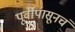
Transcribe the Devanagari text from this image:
पूर्वीपासूनचं